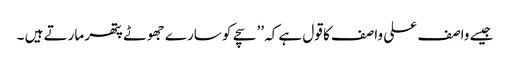
جیسے واصف علی واصف کا قول ہے کہ ’’سچے کو سارے جھوٹے پتھر مارتے ہیں ۔